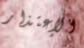
الإعتذار